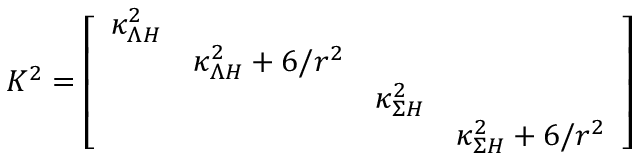
{ \cal K } ^ { 2 } = \left[ \begin{array} { c c c c } { { \kappa _ { \Lambda H } ^ { 2 } } } & { { } } & { { } } & { { } } \\ { { } } & { { \kappa _ { \Lambda H } ^ { 2 } + 6 / r ^ { 2 } } } & { { } } & { { } } \\ { { } } & { { } } & { { \kappa _ { \Sigma H } ^ { 2 } } } & { { } } \\ { { } } & { { } } & { { } } & { { \kappa _ { \Sigma H } ^ { 2 } + 6 / r ^ { 2 } } } \end{array} \right]